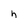
Character: h